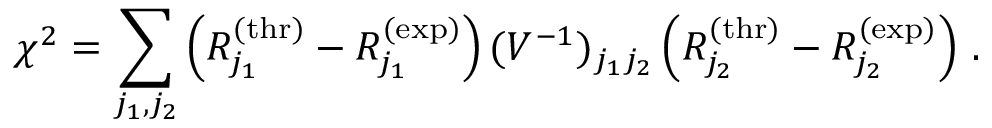
\chi ^ { 2 } = \sum _ { j _ { 1 } , j _ { 2 } } \left( R _ { j _ { 1 } } ^ { \mathrm { ( t h r ) } } - R _ { j _ { 1 } } ^ { \mathrm { ( e x p ) } } \right) ( V ^ { - 1 } ) _ { j _ { 1 } j _ { 2 } } \left( R _ { j _ { 2 } } ^ { \mathrm { ( t h r ) } } - R _ { j _ { 2 } } ^ { \mathrm { ( e x p ) } } \right) \, .